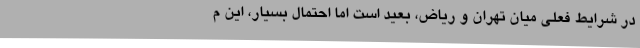
در شرایط فعلی میان تهران و ریاض، بعید است اما احتمال بسیار، این م